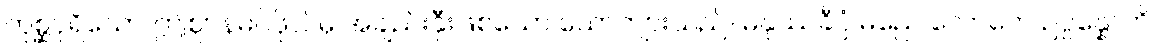
တုစ္ဆပုရိသော၊ ဤဈာန်မဂ်ဖိုလ်မှ အချည်းနှီးဖြစ်သော ယောကျ်ားသည်။ မနုဿခီပ္ပံ မညေ လောကေ ဥပ္ပန္နောတိ၊